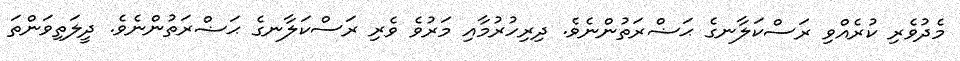
މެދުވެރި ކުރެއްވި ރަސްކަލާނގެ ޙަޟްރަތުންނެވެ. ދިރިހުރުމާއި މަރުވެ ވެރި ރަސްކަލާނގެ ޙަޟްރަތުންނެވެ. ދީލަތިވަންތަ